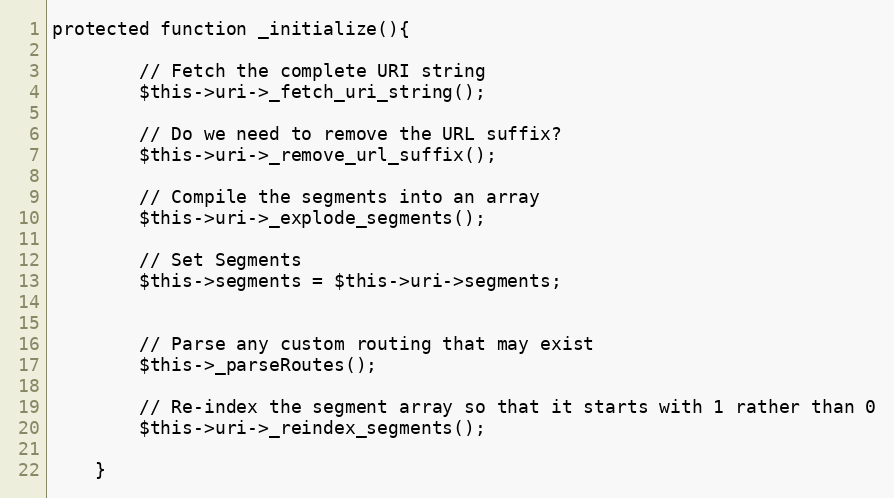
Language: PHP
protected function _initialize(){

		// Fetch the complete URI string
		$this->uri->_fetch_uri_string();

		// Do we need to remove the URL suffix?
		$this->uri->_remove_url_suffix();

		// Compile the segments into an array
		$this->uri->_explode_segments();

		// Set Segments
		$this->segments = $this->uri->segments;

		// Parse any custom routing that may exist
		$this->_parseRoutes();

		// Re-index the segment array so that it starts with 1 rather than 0
		$this->uri->_reindex_segments();

	}